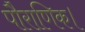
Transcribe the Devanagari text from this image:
पौराणिक।